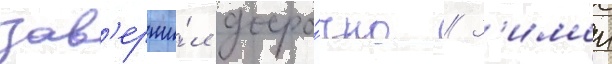
зав'ерши́л досро́чно // З'имои